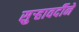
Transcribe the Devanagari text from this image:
सुर्‍हावर्दीने